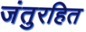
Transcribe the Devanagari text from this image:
जंतुरहित